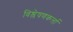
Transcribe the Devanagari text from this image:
विश्लेषणकर्त्ता